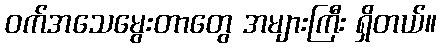
၀က်အသေမွေးတာတွေ အများကြီး ရှိတယ်။